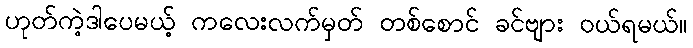
ဟုတ်ကဲ့ဒါပေမယ့် ကလေးလက်မှတ် တစ်စောင် ခင်ဗျား ဝယ်ရမယ်။